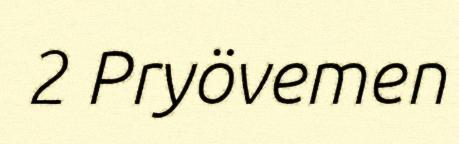
2 Pryövemen